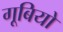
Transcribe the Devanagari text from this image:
गूबियो